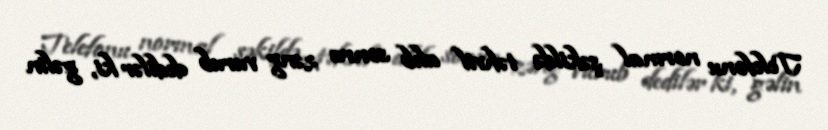
Telefonu normal şəkildə təhvil alıb sonra zəng vurub dedilər ki, gəlin